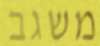
משגב